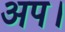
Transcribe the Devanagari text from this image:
अप।